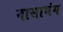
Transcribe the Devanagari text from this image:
नासाभंग